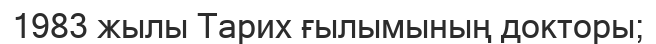
1983 жылы Тарих ғылымының докторы;